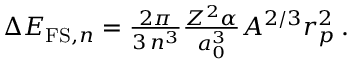
\begin{array} { r } { \Delta E _ { \mathrm { F S } , n } = \frac { 2 \pi } { 3 \, n ^ { 3 } } \frac { Z ^ { 2 } \alpha } { a _ { 0 } ^ { 3 } } A ^ { 2 / 3 } r _ { p } ^ { 2 } \, . } \end{array}